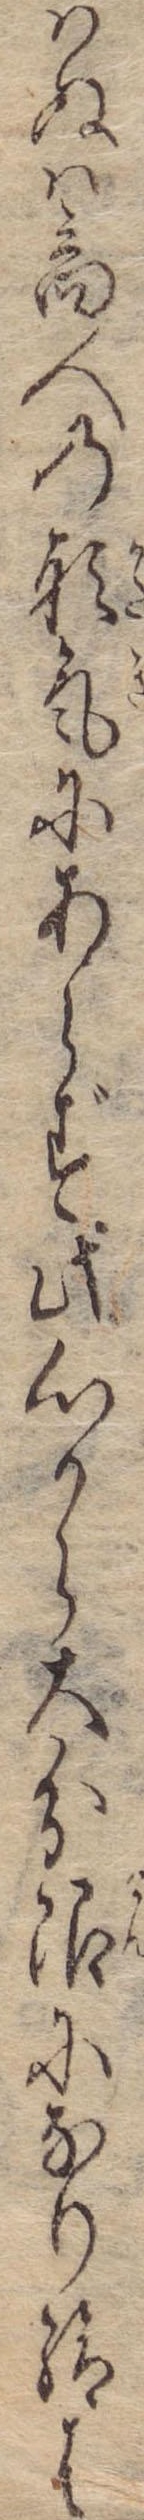
はぬは商人の形気にあらず此心から大分限になり給は